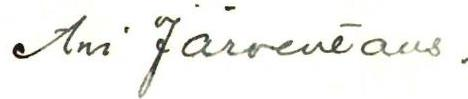
Arvi Järventaus.